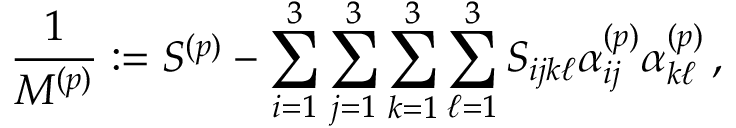
\frac { 1 } { M ^ { ( p ) } } : = S ^ { ( p ) } - \sum _ { i = 1 } ^ { 3 } \sum _ { j = 1 } ^ { 3 } \sum _ { k = 1 } ^ { 3 } \sum _ { \ell = 1 } ^ { 3 } S _ { i j k \ell } \alpha _ { i j } ^ { ( p ) } \alpha _ { k \ell } ^ { ( p ) } \, ,